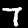
Label: 7